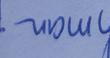
Signature authenticity: genuine